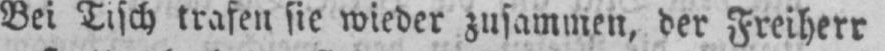
Bei Tisch trafen sie wieder zusammen, der Freiherr